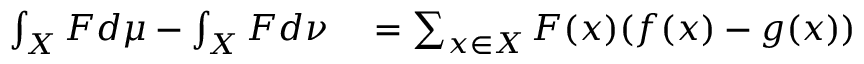
\begin{array} { r l } { \int _ { X } F d \mu - \int _ { X } F d \nu } & { { } = \sum _ { x \in X } F ( x ) ( f ( x ) - g ( x ) ) } \end{array}